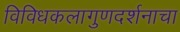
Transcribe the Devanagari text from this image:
विविधकलागुणदर्शनाचा